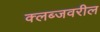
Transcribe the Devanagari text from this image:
क्लब्जवरील